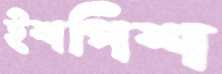
ইশপিশ